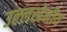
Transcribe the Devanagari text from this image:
उल्‍लखेनीय